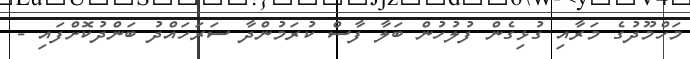
މަހްމޫދުގެ މަރާއި ގުޅިގެން ފުލުހުން ބަލާ ފާސް ކުރަމުންދާ ސަރަހައްދު ބަންދުކޮށްފައި -